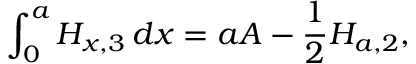
\int _ { 0 } ^ { a } H _ { x , 3 } \, d x = a A - { \frac { 1 } { 2 } } H _ { a , 2 } ,